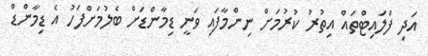
އަދި ފްލައިޓްތައް އިތުރު ކުރުމަށް ނިންމާފައި ވަނީ ޑިމާންޑަށް ބެލުމަށްފަހު އެ ޑިމާންޑް